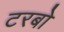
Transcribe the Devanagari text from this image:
टरबो